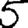
Digit: 5